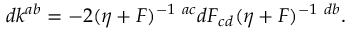
d k ^ { a b } = - 2 ( \eta + F ) ^ { - 1 ~ a c } d F _ { c d } ( \eta + F ) ^ { - 1 ~ d b } .